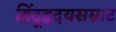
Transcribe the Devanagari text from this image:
हिंदूहृदयसम्राट